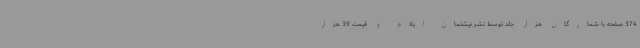
374 صفحه با شمارگان هزار جلد توسط نشر نیشتمان ایلام و قیمت 39 هزار